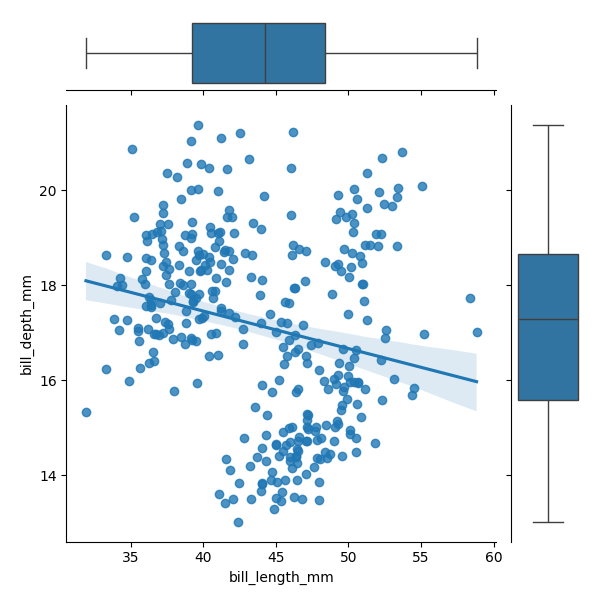
python, seaborn, JointGrid, regplot, boxplot